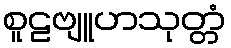
စူဠဗျူဟသုတ္တံ